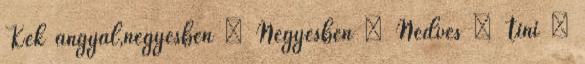
Kek angyal,négyesben ▪ Négyesben ▪ Nedves ▪ Tini ▪